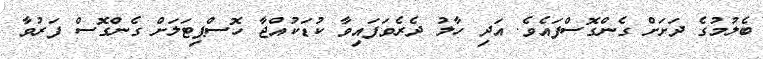
ބެލުމުގެ ދަށަށް ގެންގޮސްފައެވެ. އަދި ހާލު ދެރެވަފައިވާ ކުޑަކުއްޖާ ހޮސްޕިޓަލަށް ގެންގޮސް ފަރުވާ